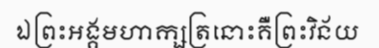
ឯព្រះអង្គមហាក្សត្រនោះគឺព្រះវិន័យ